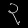
Digit: ၃